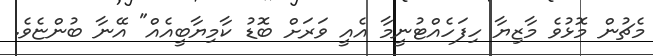
މެޗުން މޮޅުވެ މާޒިޔާ ހިފަހެއްޓުނީމާ އެއީ ވަރަށް ބޮޑު ކާމިޔާބީއެއް" އޭނާ ބުންޏެވެ.